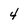
Character: 4